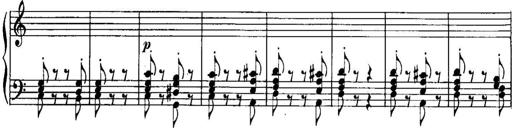
Title: Piano Sonatina No.1, Op.146
Composer: Stephen Heller